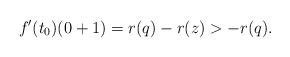
LaTeX: \begin{align*}f^\prime(t_0)(0+1) = r(q) - r(z) > -r(q).\end{align*}